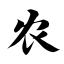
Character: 农